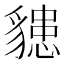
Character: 𧴊